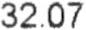
32.07